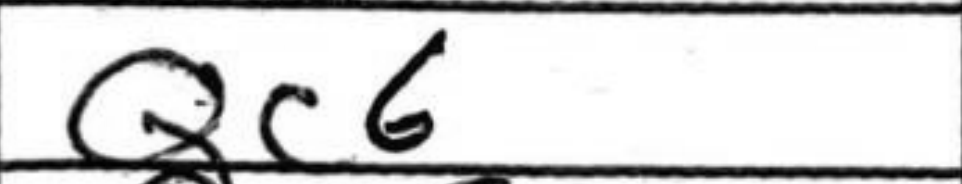
Transcription: Qc6